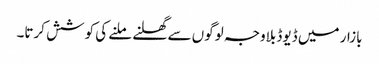
بازار میں ڈیوڈ بلاوجہ لوگوں سے گھلنے ملنے کی کوشش کرتا۔